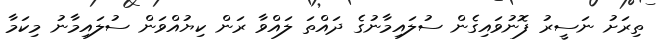
ތިރަށު ނަސީރު ފޮނުވައިގެން ސުލައިމާނުގެ ދައްތަ ލައްވާ ރަން ކިޔުއްވަން ސުލައިމާނު މިކަމާ